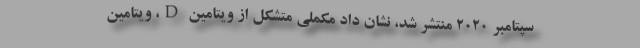
سپتامبر 2020 منتشر شد، نشان داد مکملی متشکل از ویتامین D، ویتامین